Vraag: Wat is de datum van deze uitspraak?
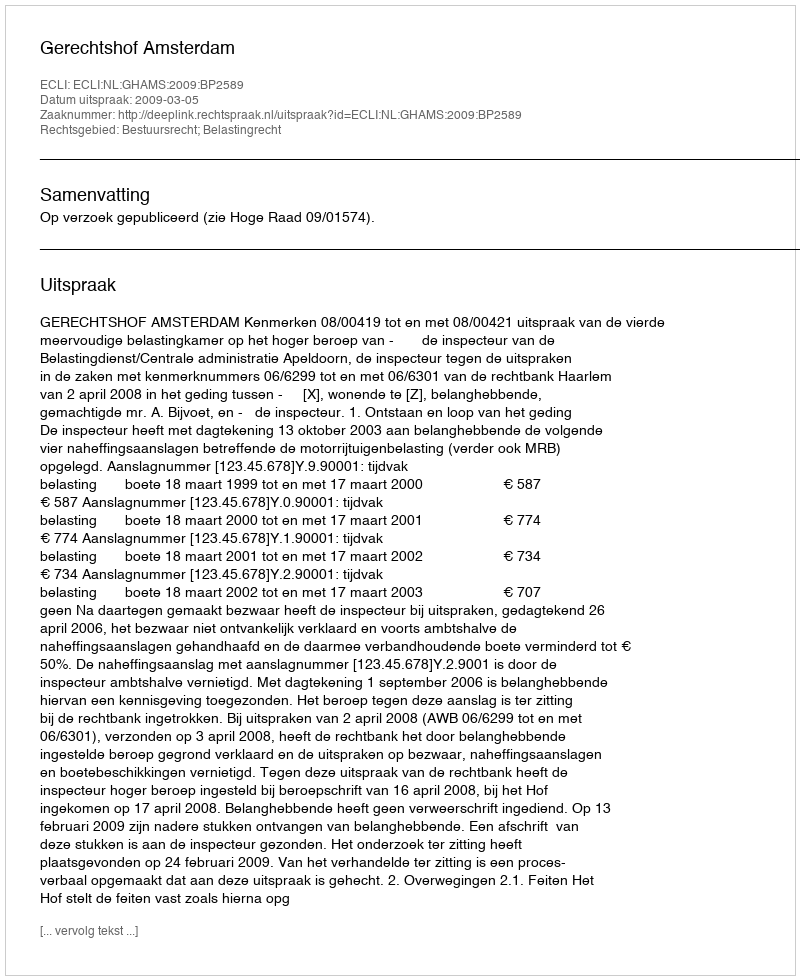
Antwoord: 2009-03-05